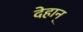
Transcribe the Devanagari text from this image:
देहान्